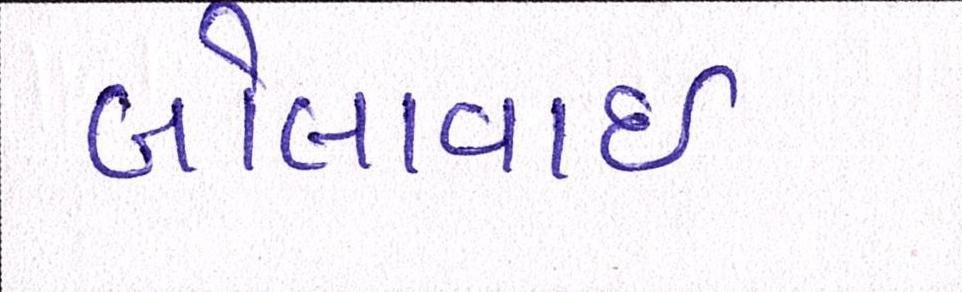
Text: બોલાવાઇ